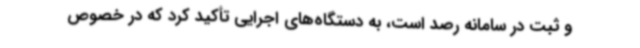
و ثبت در سامانه رصد است، به دستگاه‌های اجرایی تأکید کرد که در خصوص